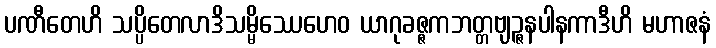
ပဏီတေဟိ သပ္ပိတေလာဒိသမ္မိဿေဟေဝ ယာဂုခဇ္ဇကဘတ္တဗျဉ္ဇနပါနကာဒီဟိ မဟာဇနံ